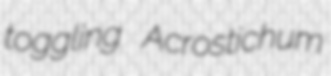
toggling Acrostichum